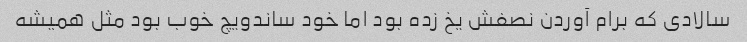
سالادی که برام آوردن نصفش یخ زده بود اما خود ساندویچ خوب بود مثل همیشه